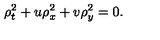
\rho _ { t } ^ { 2 } + u \rho _ { x } ^ { 2 } + v \rho _ { y } ^ { 2 } = 0 .